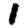
Digit: 1